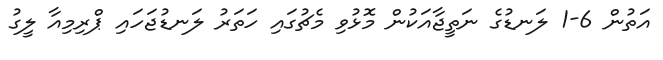
އަތުން 6-1 ލަނޑުގެ ނަތީޖާއަކުން މޮޅުވި މެޗުގައި ހަތަރު ލަނޑުޖަހައި ޕްރިމިއާ ލީގު